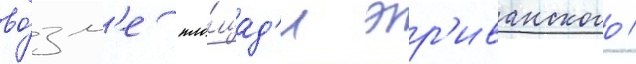
во́зл'е пло́щад'и эр'иванского /